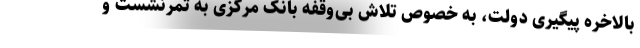
بالاخره پیگیری دولت، به خصوص تلاش بی‌وقفه بانک مرکزی به ثمرنشست و